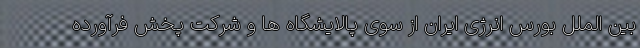
بین الملل بورس انرژی ایران از سوی پالایشگاه ها و شرکت پخش فرآورده